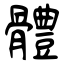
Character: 體